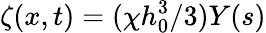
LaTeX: \zeta(x,t)=(\chi h_{0}^{3}/3)Y(s)